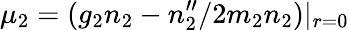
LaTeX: \mu_{2}=(g_{2}n_{2}-n_{2}^{\prime\prime}/2m_{2}n_{2})|_{r=0}